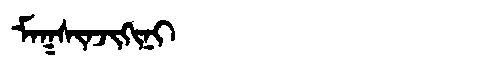
Manchu: ᠮᠠᡴᠰᡳᠨᠵᡳᡴᡳᠨᡳ
Romanization: MAKSINJIKINI